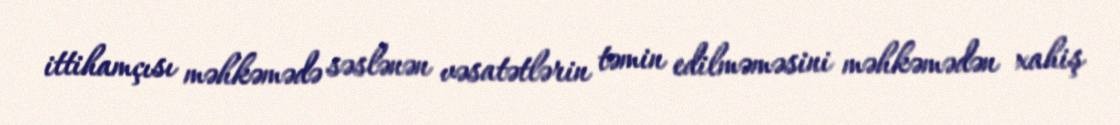
ittihamçısı məhkəmədə səslənən vəsatətlərin təmin edilməməsini məhkəmədən xahiş